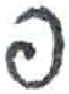
אות: פ